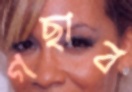
গছাব